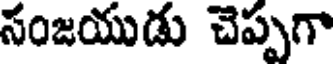
సంజయుడు చెప్పగా